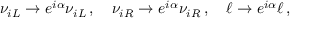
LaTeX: \nu _ { i L } \to e ^ { i \alpha } \nu _ { i L } \, , \quad \nu _ { i R } \to e ^ { i \alpha } \nu _ { i R } \, , \quad \ell \to e ^ { i \alpha } \ell \, ,